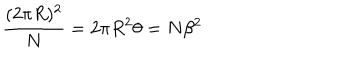
\frac { ( 2 \pi R ) ^ { 2 } } { N } = 2 \pi R ^ { 2 } \theta = N \beta ^ { 2 }